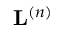
\mathbf { L } ^ { \left( n \right) }